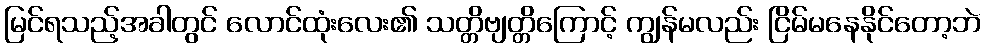
မြင်ရသည့်အခါတွင် လောင်ထုံးလေး၏ သတ္တိဗျတ္တိကြောင့် ကျွန်မလည်း ငြိမ်မနေနိုင်တော့ဘဲ